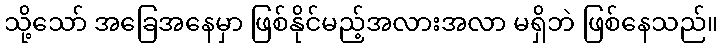
သို့သော် အခြေအနေမှာ ဖြစ်နိုင်မည့်အလားအလာ မရှိဘဲ ဖြစ်နေသည်။